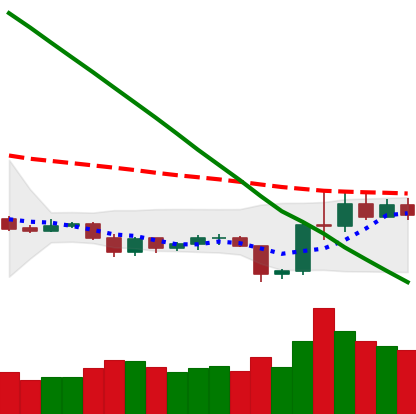
Ticker: LTC-USD
Chart end date: 2019-10-30
Forward return: 5.396%
Label: up_5_7